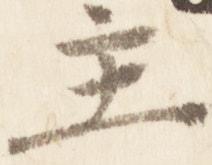
主